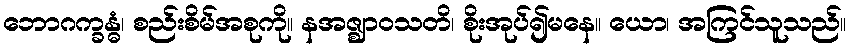
ဘောဂက္ခန္ဓံ၊ စည်းစိမ်အစုကို။ နအဇ္ဈာဝသတိ၊ စိုးအုပ်၍မနေ။ ယော၊ အကြင်သူသည်။